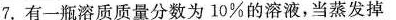
7.有一瓶溶质质量分数为10%的溶液，当蒸发掉